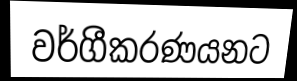
වර්ගීකරණයනට